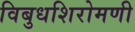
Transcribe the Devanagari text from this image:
विबुधशिरोमणी